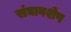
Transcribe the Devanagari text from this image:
संघावशेष